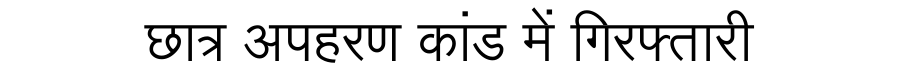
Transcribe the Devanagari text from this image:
छात्र अपहरण कांड में गिरफ्तारी